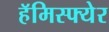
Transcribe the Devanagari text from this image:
हॅमिस्फ्येर